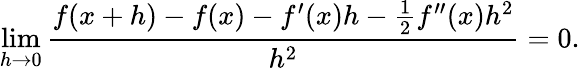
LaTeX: \operatorname*{lim}_{h\to 0}{\frac{f(x+h)-f(x)-f^{\prime}(x)h-{\frac{1}{2}}f^{\prime\prime}(x)h^{2}}{h^{2}}}=0.